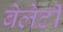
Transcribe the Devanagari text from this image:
बेलेटी